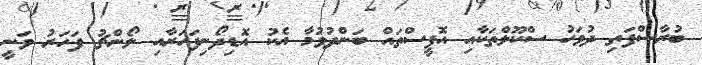
ބުރާސްފަތި ދުވަހު ސްކޫލްތަކާއި އޮފީސްތައް ބަންދުވުމާ އެކު އޮޑިދޯނިފަހަރާއި ލޯންޗު ފަހަރު ވަނީ